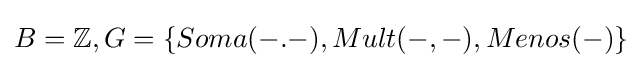
B=\mathbb {Z} ,G={\{Soma(-.-),Mult(-,-),Menos(-)}\}